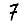
Digit: 7